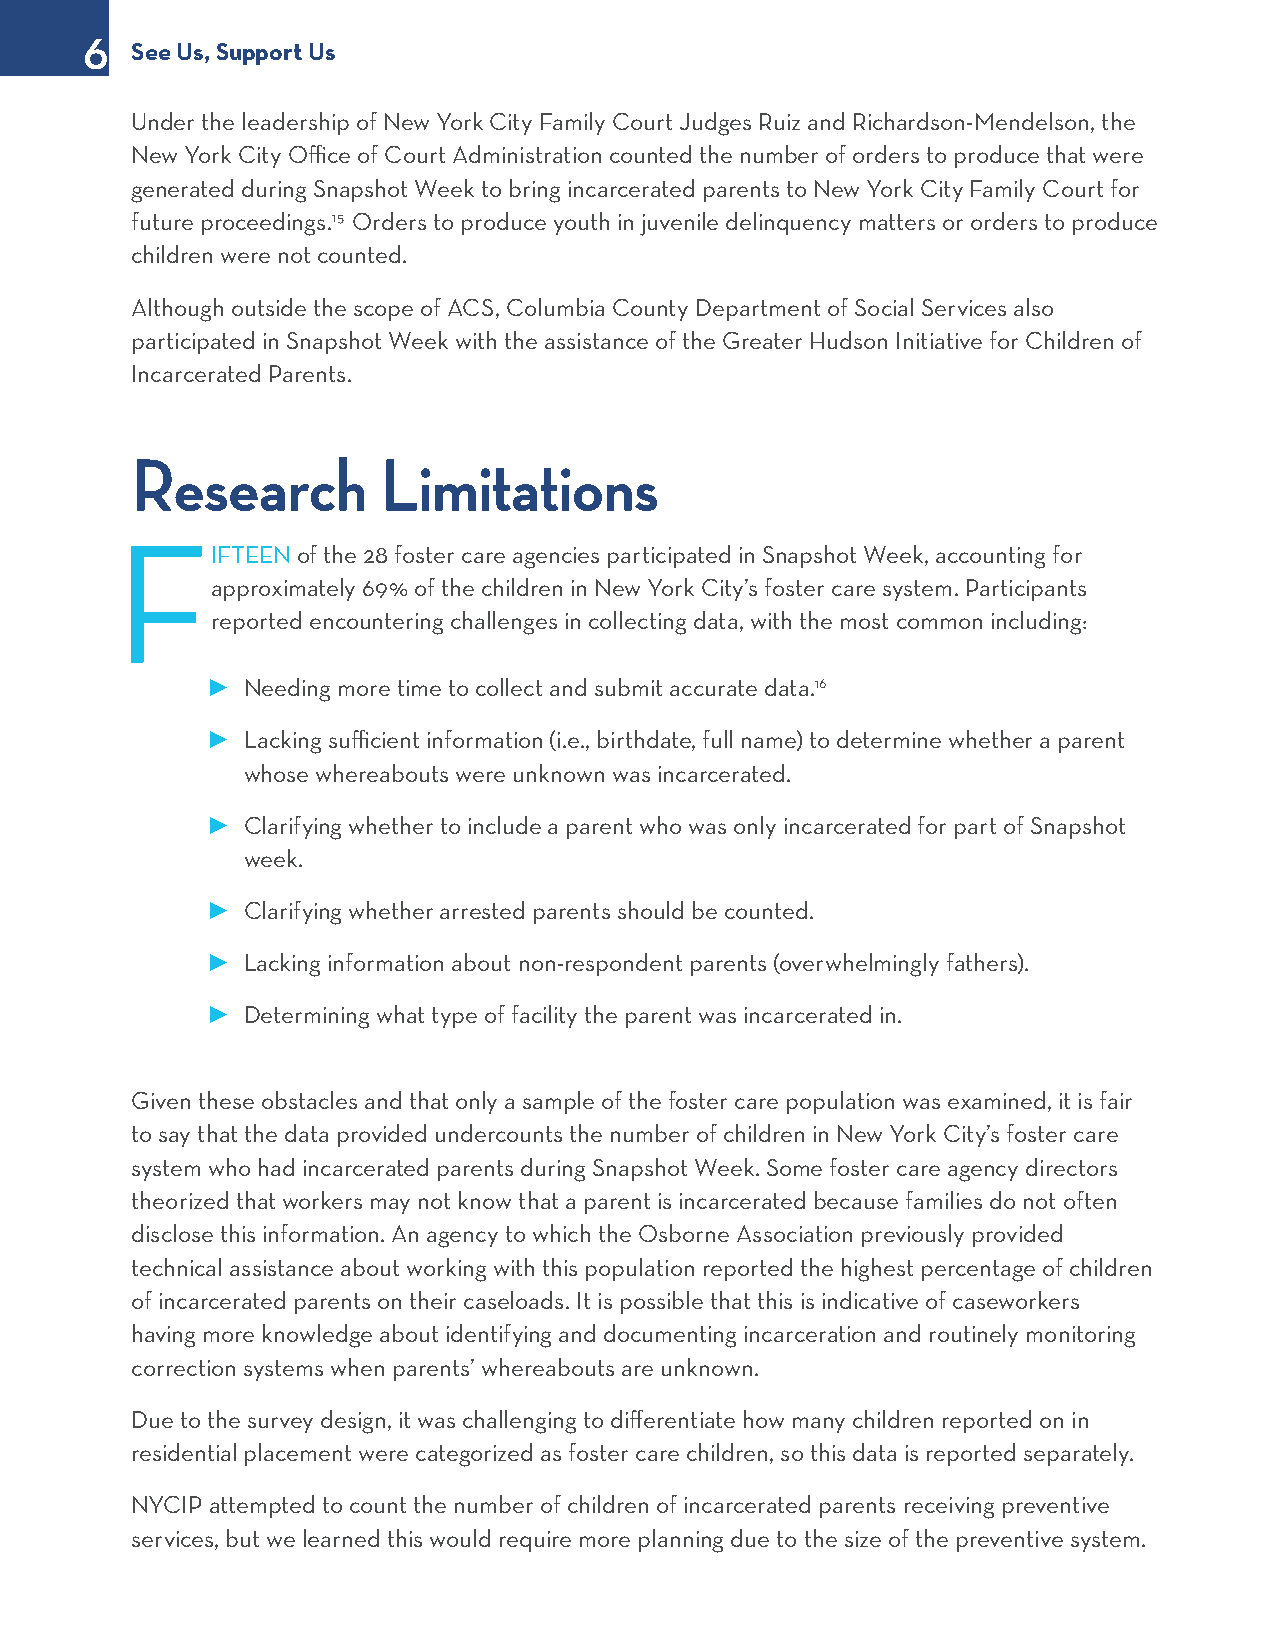
6
 See Us, Support Us
 Under the leadership of New York City Family Court Judges Ruiz and Richardson-Mendelson, the
 New York City Office of Court Administration counted the number of orders to produce that were
 generated during Snapshot Week to bring incarcerated parents to New York City Family Court for
 future proceedings.15 Orders to produce youth in juvenile delinquency matters or orders to produce
 children were not counted.
 Although outside the scope of ACS, Columbia County Department of Social Services also
 participated in Snapshot Week with the assistance of the Greater Hudson Initiative for Children of
 Incarcerated Parents.
 Research        Limitations
 F
 IFTEEN of the 28 foster care agencies participated in Snapshot Week, accounting for
 approximately 69% of the children in New York City’s foster care system. Participants
 reported encountering challenges in collecting data, with the most common including:
 ► Needing more time to collect and submit accurate data.16
 ► Lacking sufficient information (i.e., birthdate, full name) to determine whether a parent
 whose whereabouts were unknown was incarcerated.
 ► Clarifying whether to include a parent who was only incarcerated for part of Snapshot
 week.
 ► Clarifying whether arrested parents should be counted.
 ► Lacking information about non-respondent parents (overwhelmingly fathers).
 ► Determining what type of facility the parent was incarcerated in.
 Given these obstacles and that only a sample of the foster care population was examined, it is fair
 to say that the data provided undercounts the number of children in New York City’s foster care
 system who had incarcerated parents during Snapshot Week. Some foster care agency directors
 theorized that workers may not know that a parent is incarcerated because families do not often
 disclose this information. An agency to which the Osborne Association previously provided
 technical assistance about working with this population reported the highest percentage of children
 of incarcerated parents on their caseloads. It is possible that this is indicative of caseworkers
 having more knowledge about identifying and documenting incarceration and routinely monitoring
 correction systems when parents’ whereabouts are unknown.
 Due to the survey design, it was challenging to differentiate how many children reported on in
 residential placement were categorized as foster care children, so this data is reported separately.
 NYCIP attempted to count the number of children of incarcerated parents receiving preventive
 services, but we learned this would require more planning due to the size of the preventive system.